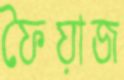
ফৈয়াজ